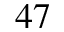
^ { 4 7 }